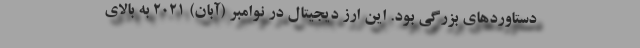
دستاوردهای بزرگی بود. این ارز دیجیتال در نوامبر (آبان) ۲۰۲۱ به بالای